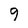
Character: 9